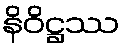
နိဝိဋ္ဌဿ